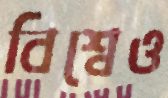
বিশ্বেও